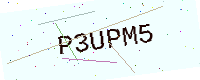
Text: P3UPM5